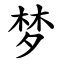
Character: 梦